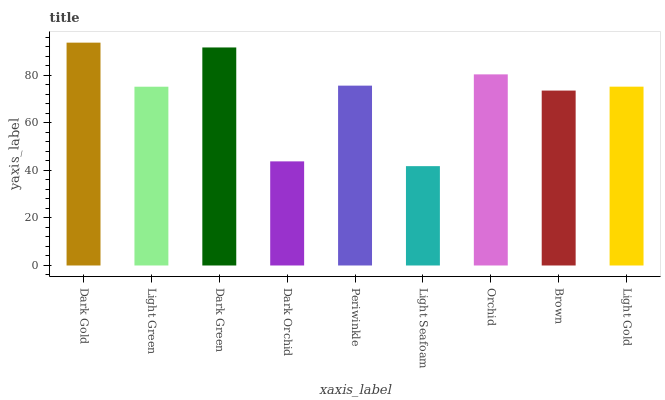
| xaxis_label | bars |
 | --- | --- |
 | Dark Gold | 93.8 |
 | Light Green | 75.3 |
 | Dark Green | 91.8 |
 | Dark Orchid | 43.8 |
 | Periwinkle | 75.7 |
 | Light Seafoam | 41.8 |
 | Orchid | 80.5 |
 | Brown | 73.6 |
 | Light Gold | 75.3 |